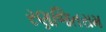
રણજિતરામ